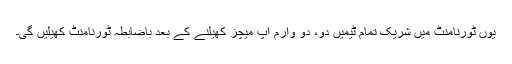
یوں ٹورنامنٹ میں شریک تمام ٹیمیں دو، دو وارم اپ میچز کھیلنے کے بعد باضابطہ ٹورنامنٹ کھیلیں گی۔